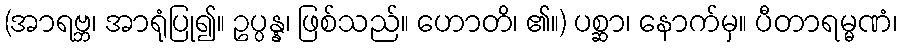
(အာရဗ္ဘ၊ အာရုံပြု၍။ ဥပ္ပန္န၊ ဖြစ်သည်။ ဟောတိ၊ ၏။) ပစ္ဆာ၊ နောက်မှ။ ပီတာရမ္မဏံ၊